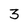
Character: 3